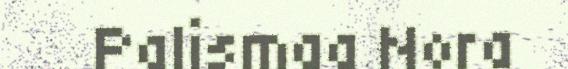
Palismaa Nora